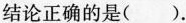
结论正确的是()。A.∠1+∠6≥180° B.∠2+∠5≤180°C.∠3+∠4<180° D.∠3+∠7>180°(第8题)